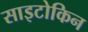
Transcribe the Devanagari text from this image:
साइटोकिन